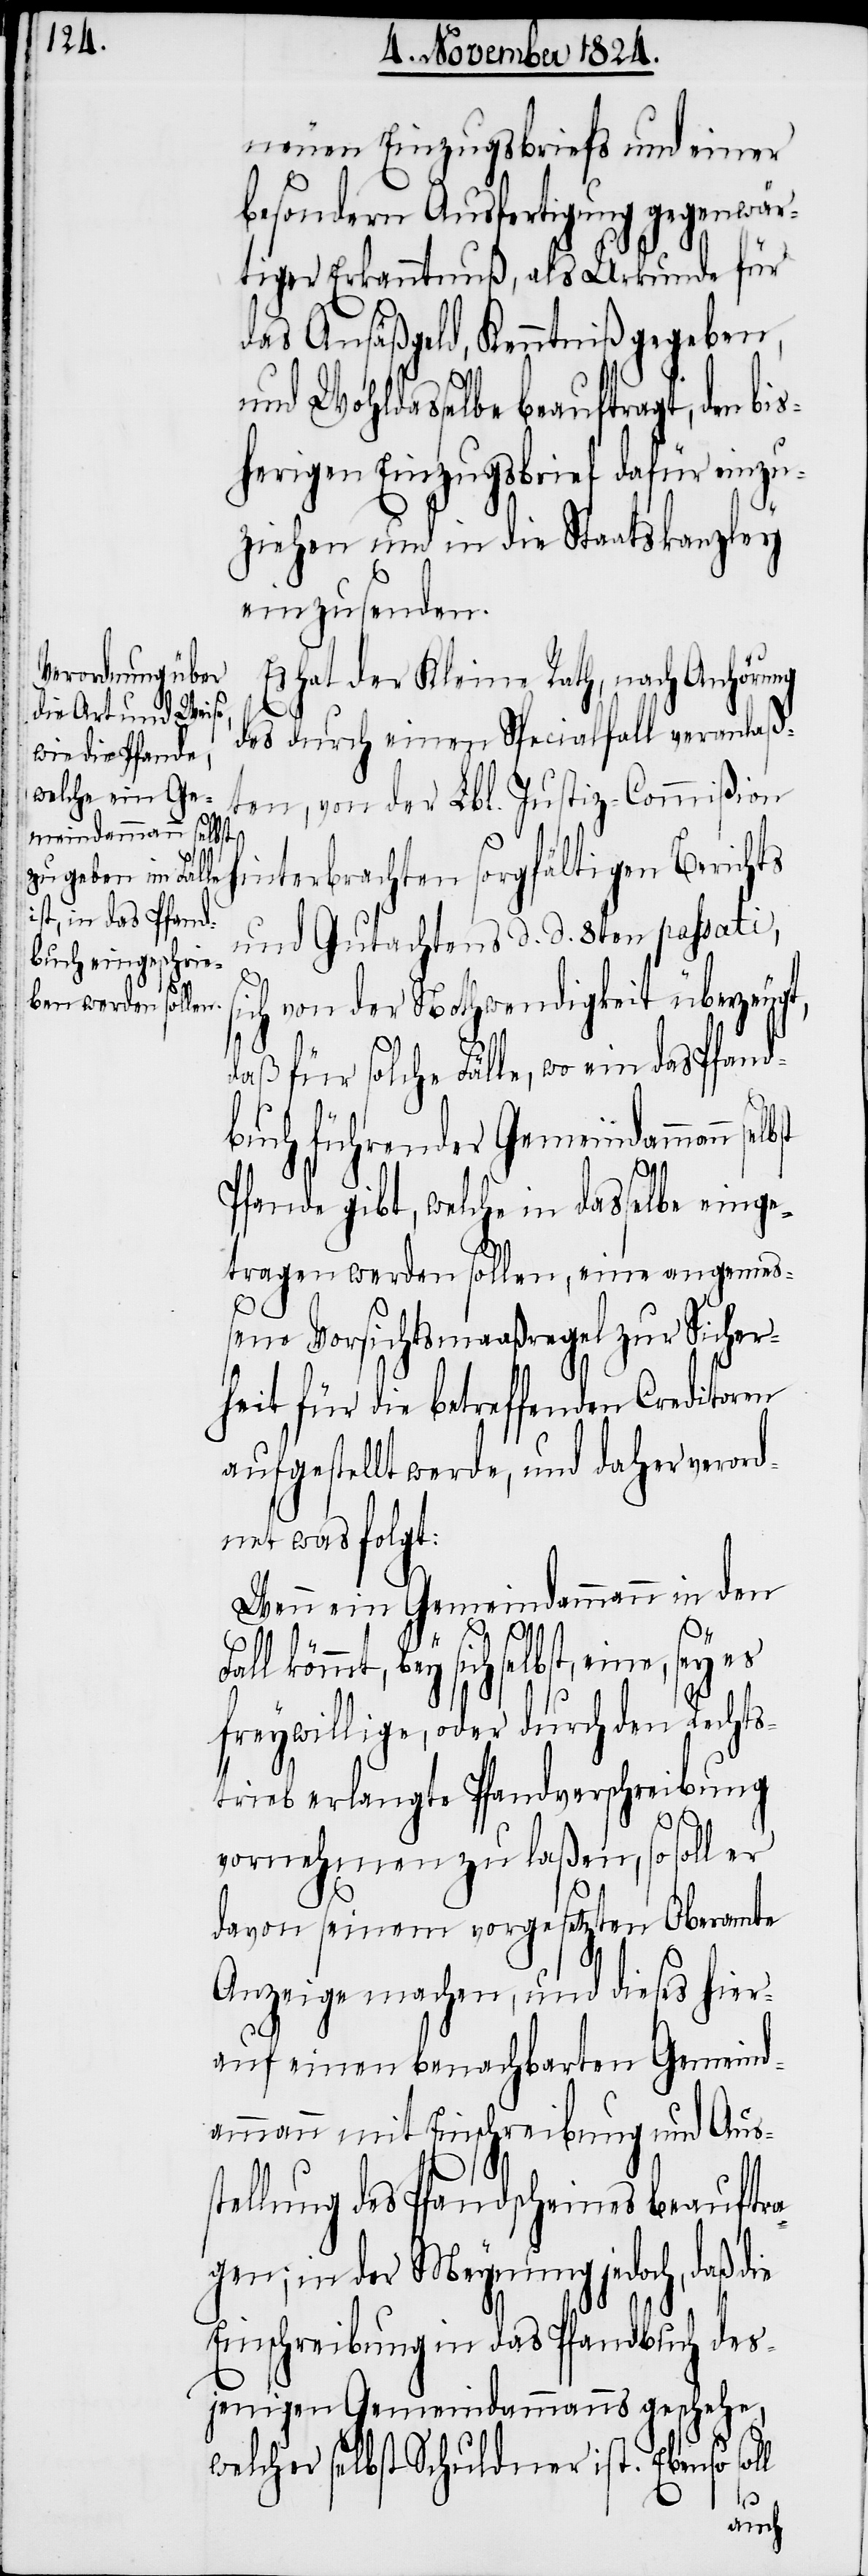
neuen Einzugsbriefs und einer
besondern Ausfertigung gegenwär¬
tiger Erkanntnuß, als Urkunde für
das Ansäßgeld, Kenntniß gegeben,
und Wohldasselbe beauftragt, den b¬
herigen Einzugsbrief dafür einzu¬
ziehen und in die Staatskanzley
einzusenden.
Es hat der Kleine Rath, nach Anhörung
des durch einen Spezialfall veranlaß¬
ten, von der Lbl. Justiz-Commißion
lbst
interbrachten sorgfältigen Berichts
und Gutachtens d. d. 8ten passati,
ich von der Nothwendigkeit überzeugt,
daß für solche Fälle, wo ein das Pfand¬
buch führender Gemeindammann se¬
Pfande gibt, welche in dasselbe einge¬
tragen werden sollen, eine angemeß¬
ene Vorsichtsmaaßregel zur Sicher¬
heit für die betreffenden Creditoren
aufgestellt werde, und daher verord¬
net was folgt:
Wenn ein Gemeindammann in den
ie
Fall kömmt, bey sich selbst, eine, sey es
freywillige, oder durch den Rechts¬
trieb erlangte Pfandverschreibung
vornehmen zu laßen, so soll er
davon seinem vorgesetzten Oberamte
Anzeige machen, und dieses hier¬
auf einen benachbarten Gemeind¬
ammann mit Einschreibung und Aus¬
tellung des Pfandscheines beauftra¬
gen; in der Meynung jedoch, daß d¬
Einschreibung in das Pfandbuch des¬
jenigen Gemeindammanns geschehe,
welcher selbst Schuldner ist. Ebenso